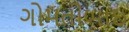
ગોમતીબાઇ